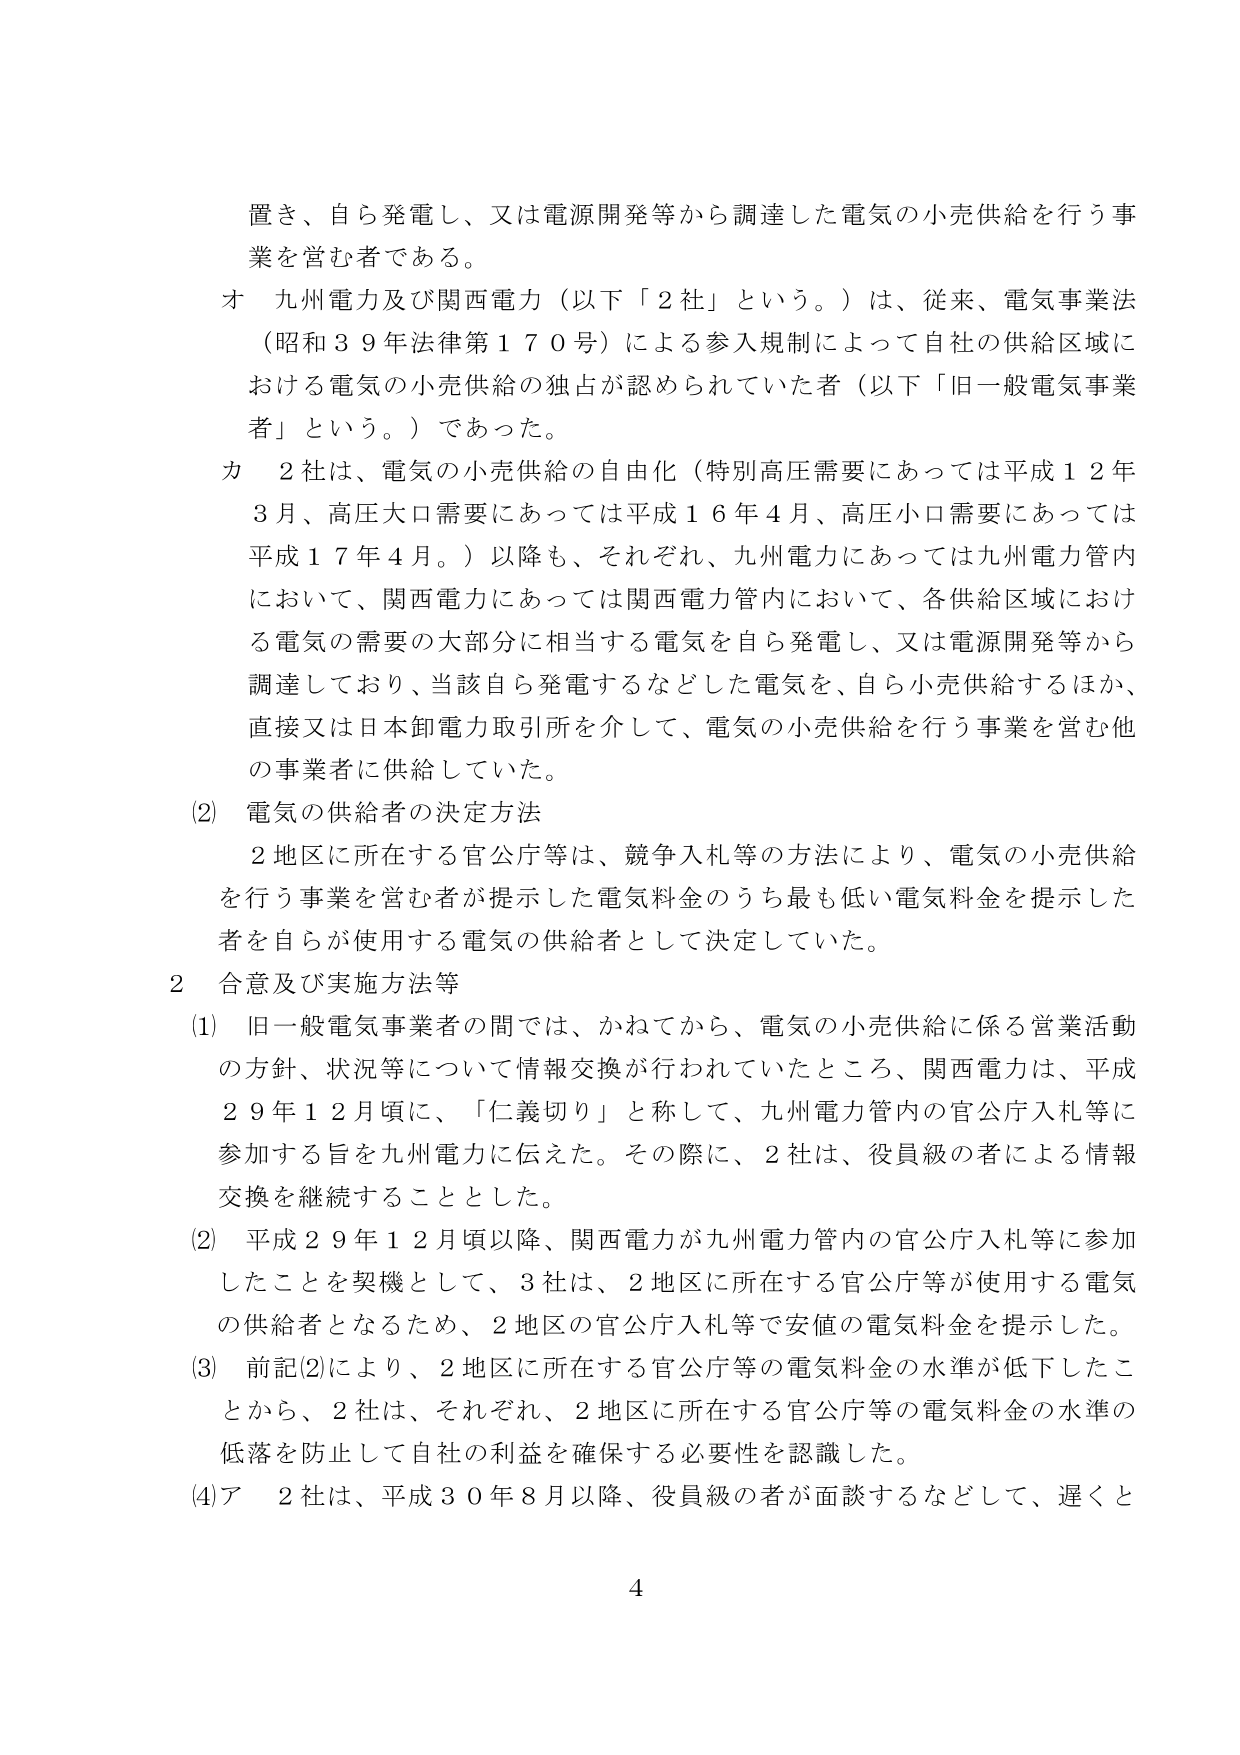
置き、自ら発電し、又は電源開発等から調達した電気の小売供給を行う事業を営む者である。

オ　九州電力及び関西電力（以下「2社」という。）は、従来、電気事業法（昭和39年法律第170号）による参入規制によって自社の供給区域における電気の小売供給の独占が認められていた者（以下「旧一般電気事業者」という。）であった。

カ　2社は、電気の小売供給の自由化（特別高圧需要にあっては平成12年3月、高圧大口需要にあっては平成16年4月、高圧小口需要にあっては平成17年4月。）以降も、それぞれ、九州電力にあっては九州電力管内において、関西電力にあっては関西電力管内において、各供給区域における電気の需要の大部分に相当する電気を自ら発電し、又は電源開発等から調達しており、当該自ら発電するなどした電気を、自ら小売供給するほか、直接又は日本卸電力取引所を介して、電気の小売供給を行う事業を営む他の事業者に供給していた。

(2)　電気の供給者の決定方法

　2地区に所在する官公庁等は、競争入札等の方法により、電気の小売供給を行う事業を営む者が提示した電気料金のうち最も低い電気料金を提示した者を自らが使用する電気の供給者として決定していた。

2　合意及び実施方法等

(1)　旧一般電気事業者の間では、かねてから、電気の小売供給に係る営業活動の方針、状況等について情報交換が行われていたところ、関西電力は、平成29年12月頃に、「仁義切り」と称して、九州電力管内の官公庁入札等に参加する旨を九州電力に伝えた。その際に、2社は、役員級の者による情報交換を継続することとした。

(2)　平成29年12月頃以降、関西電力が九州電力管内の官公庁入札等に参加したことを契機として、3社は、2地区に所在する官公庁等が使用する電気の供給者となるため、2地区の官公庁入札等で安値の電気料金を提示した。

(3)　前記(2)により、2地区に所在する官公庁等の電気料金の水準が低下したことから、2社は、それぞれ、2地区に所在する官公庁等の電気料金の水準の低落を防止して自社の利益を確保する必要性を認識した。

(4)ア　2社は、平成30年8月以降、役員級の者が面談するなどして、遅くと

4